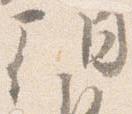
朝